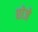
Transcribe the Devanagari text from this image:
छोजे